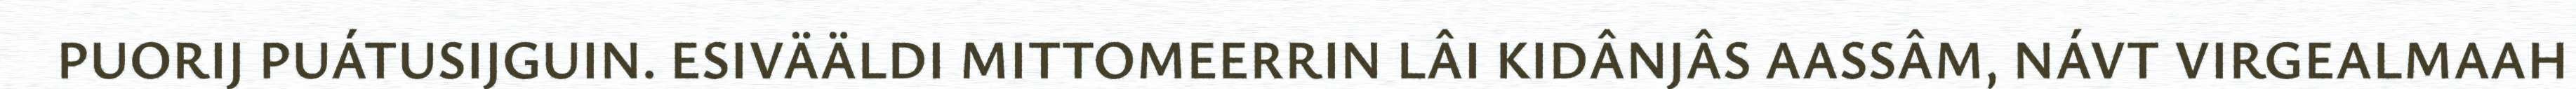
PUORIJ PUÁTUSIJGUIN. ESIVÄÄLDI MITTOMEERRIN LÂI KIDÂNJÂS AASSÂM, NÁVT VIRGEALMAAH